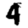
Digit: 4